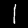
Label: 1